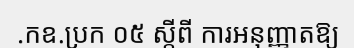
.កឧ.ប្រក ០៥ ស្តីពី ការអនុញ្ញាតឱ្យ